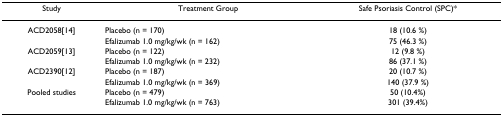
<table><thead><tr><td><b>Study</b></td><td><b>Treatment Group</b></td><td><b>Safe Psoriasis Control (SPC)*</b></td></tr></thead><tbody><tr><td>ACD2058[14]</td><td>Placebo (n = 170)</td><td>18 (10.6 %)</td></tr><tr><td></td><td>Efalizumab 1.0 mg/kg/wk (n = 162)</td><td>75 (46.3 %)</td></tr><tr><td>ACD2059[13]</td><td>Placebo (n = 122)</td><td>12 (9.8 %)</td></tr><tr><td></td><td>Efalizumab 1.0 mg/kg/wk (n = 232)</td><td>86 (37.1 %)</td></tr><tr><td>ACD2390[12]</td><td>Placebo (n = 187)</td><td>20 (10.7 %)</td></tr><tr><td></td><td>Efalizumab 1.0 mg/kg/wk (n = 369)</td><td>140 (37.9 %)</td></tr><tr><td>Pooled studies</td><td>Placebo (n = 479)</td><td>50 (10.4%)</td></tr><tr><td></td><td>Efalizumab 1.0 mg/kg/wk (n = 763)</td><td>301 (39.4%)</td></tr></tbody></table>